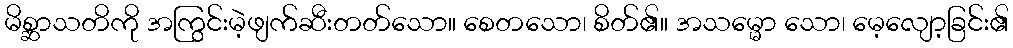
မိစ္ဆာသတိကို အကြွင်းမဲ့ဖျက်ဆီးတတ်သော။ စေတသော၊ စိတ်၏။ အသမ္မော သော၊ မေ့လျော့ခြင်း၏